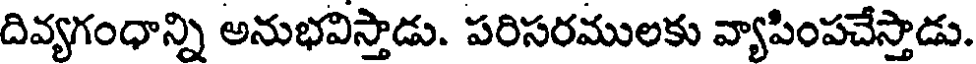
దివ్యగంధాన్ని అనుభవిస్తాడు. పరిసరములకు వ్యాపింపచేస్తాడు.